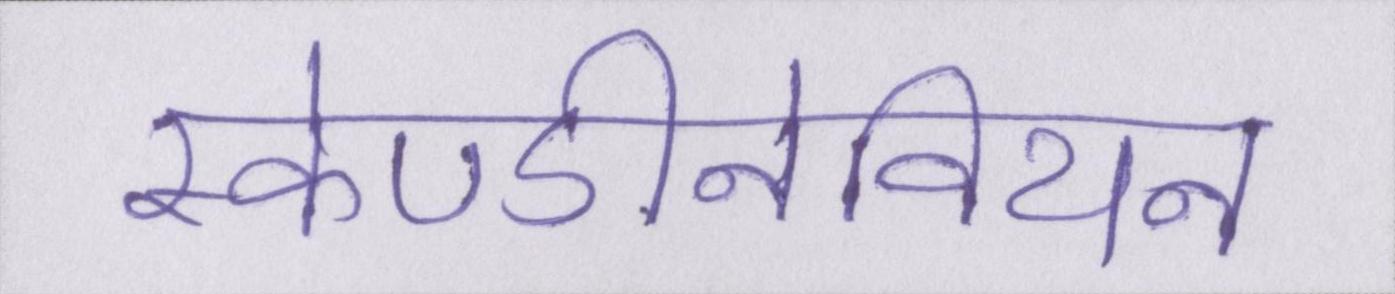
स्केण्डीनेवियन